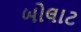
બોલાટ